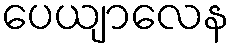
ပေယျာလေန